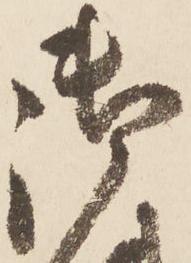
御